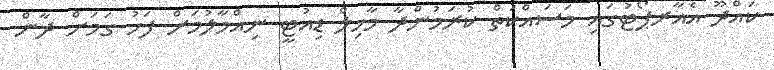
ކައްދޫ އެއާރޕޯޓުގައި މަސައްކަތް ކުރަމުންދާ މާހިލް ޑިއުޓީ ނިއްމާލުމަށް ފަހު ގަމަށް ދާން